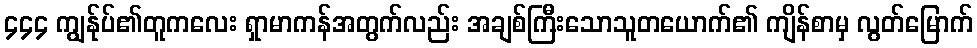
၄၄၄ ကျွန်ုပ်၏တူကလေး ရှာမာကန်အတွက်လည်း အချစ်ကြီးသောသူတယောက်၏ ကျိန်စာမှ လွတ်မြောက်